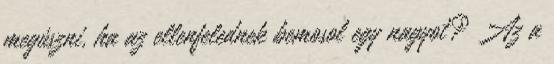
megúszni, ha az ellenfelednek bemosol egy nagyot? Az a